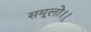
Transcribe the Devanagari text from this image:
समूलो।।